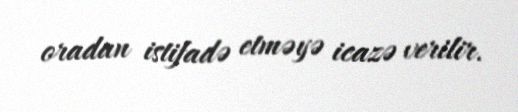
oradan istifadə etməyə icazə verilir.